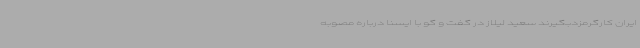
ایران کارگرمزدبگیرند سعید لیلاز در گفت و گو با ایسنا درباره مصوبه